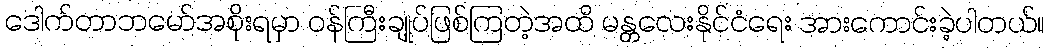
ဒေါက်တာဘမော်အစိုးရမှာ ဝန်ကြီးချုပ်ဖြစ်ကြတဲ့အထိ မန္တလေးနိုင်ငံရေး အားကောင်းခဲ့ပါတယ်။